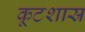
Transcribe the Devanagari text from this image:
कूटशास्र